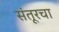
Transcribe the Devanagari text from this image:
संतूरचा